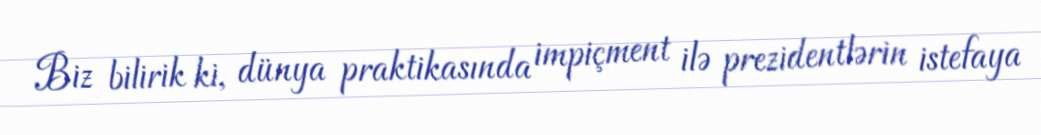
Biz bilirik ki, dünya praktikasında impiçment ilə prezidentlərin istefaya